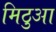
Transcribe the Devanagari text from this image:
मिठुआ